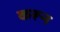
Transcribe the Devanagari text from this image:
करून